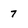
Character: 7